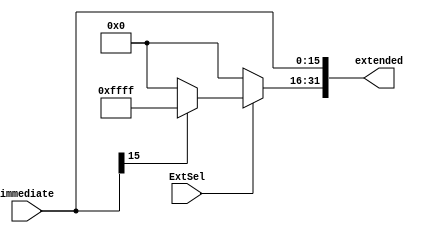
`timescale 1ns / 1ns
module signzeroextend(
    input wire[15:0] immediate,
    input ExtSel,
    output reg[31:0] extended
);
    always@(*)begin
      extended[15:0]<=immediate;
      if(ExtSel==0)begin
        extended[31:16]<=16'h0000;
      end
      else begin
        extended[31:16]<=immediate[15] ? 16'hffff : 16'h0000;
      end
    end
endmodule